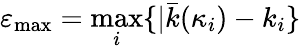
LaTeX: \varepsilon_{\operatorname*{max}}=\operatorname*{max}_{i}\{ |\bar{k}(\kappa_{i})-k_{i}\}